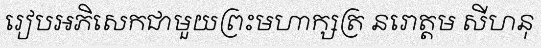
រៀបអភិសេកជាមួយព្រះមហាក្សត្រ នរោត្តម សីហនុ